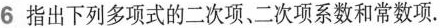
6 指出下列多项式的二次项二次项系数和常数项.